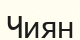
Чиян